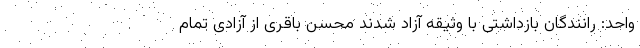
واحد: رانندگان بازداشتی با وثیقه آزاد شدند محسن باقری از آزادی تمام